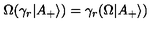
\Omega ( \gamma _ { r } | A _ { + } \rangle ) = \gamma _ { r } ( \Omega | A _ { + } \rangle )